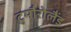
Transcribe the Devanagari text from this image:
टुमौरोलैंड